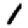
Digit: 1